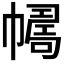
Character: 𢅂